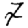
Digit: 7